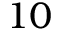
1 0